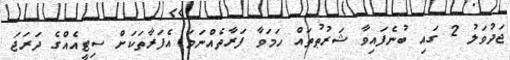
ޖަދުވަލު 2 ގައި ބުނެފައިވާ ޝަރުޠުތައް ހަމަވާ ފަރާތެއްނަމަ އެފަރާތަކަށް ސިޓީއެއްގެ ދަރަޖަ